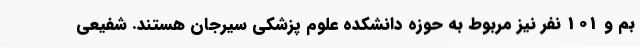
بم و 101 نفر نیز مربوط به حوزه دانشکده علوم پزشکی سیرجان هستند. شفیعی